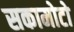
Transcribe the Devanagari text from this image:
सकामोटो